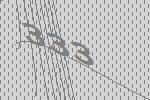
333